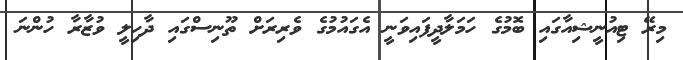
މިރޭ ޓިއުނީޝިއާގައި ބޮމުގެ ހަމަލާދީފައިވަނީ އެގައުމުގެ ވެރިރަށް ތޫނިސްގައި ދާހިލީ ވުޒާރާ ހުންނަ